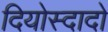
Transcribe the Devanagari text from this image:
दियोस्दादो